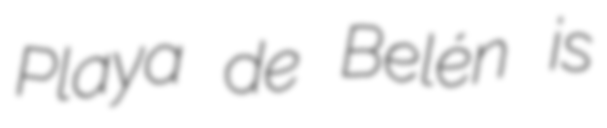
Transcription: Playa de Belén is